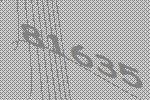
81635